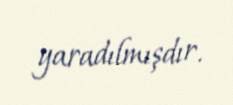
yaradılmışdır.